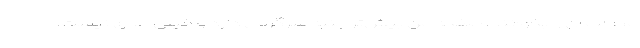
مطالب آن را بخوانند. صفحه من بیش‌تر جنبه سرگرمی دارد و خیلی جدی نیست.